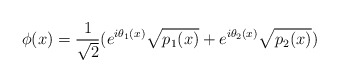
\begin{align*}\phi(x)= \frac{1}{\sqrt{2}} (e^{i \theta_1(x)}\sqrt{p_1(x)} + e^{i \theta_2(x)}\sqrt{p_2(x)})\end{align*}